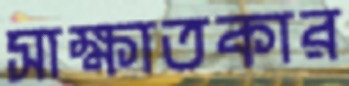
সাক্ষাতকার